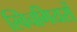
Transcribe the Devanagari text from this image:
स्विचगियरों